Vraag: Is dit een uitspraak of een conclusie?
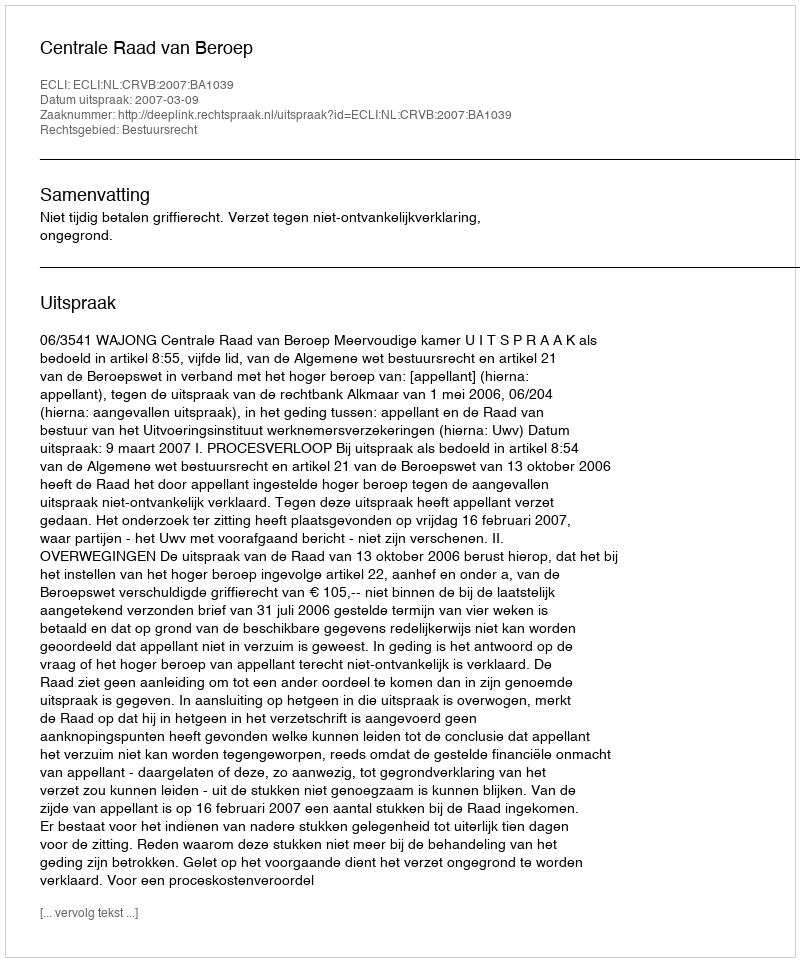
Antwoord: Uitspraak